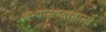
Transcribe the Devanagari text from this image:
अभ्यासण्यासारखे